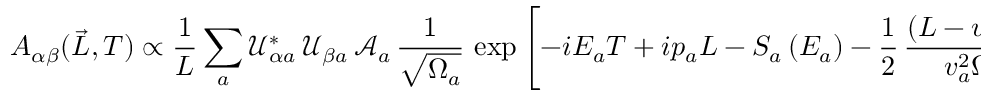
A _ { \alpha \beta } ( \vec { L } , T ) \propto \frac { 1 } { L } \sum _ { a } \mathcal { U } _ { { \alpha } a } ^ { * } \, \mathcal { U } _ { { \beta } a } \, \mathcal { A } _ { a } \, \frac { 1 } { \sqrt { \Omega _ { a } } } \, \exp \left[ - i E _ { a } T + i p _ { a } L - S _ { a } \left( E _ { a } \right) - \frac { 1 } { 2 } \, \frac { \left( L - v _ { a } T \right) ^ { 2 } } { v _ { a } ^ { 2 } \Omega _ { a } } \right]